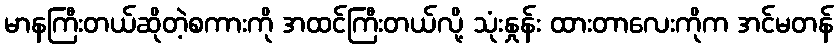
မာနကြီးတယ်ဆိုတဲ့စကားကို အထင်ကြီးတယ်လို့ သုံးနှုန်း ထားတာလေးကိုက အင်မတန်